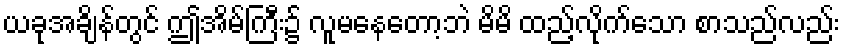
ယခုအချိန်တွင် ဤအိမ်ကြီး၌ လူမနေတော့ဘဲ မိမိ ထည့်လိုက်သော စာသည်လည်း